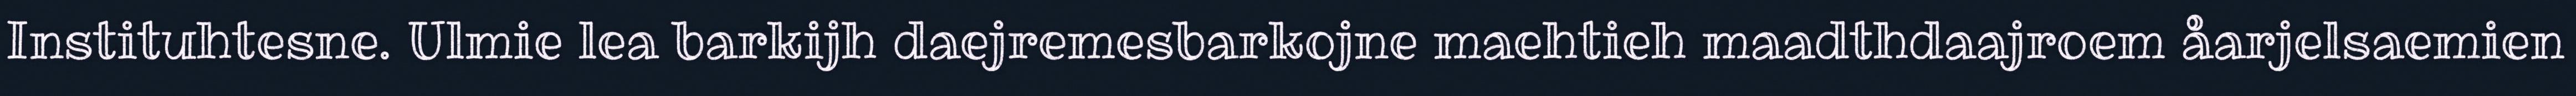
Instituhtesne. Ulmie lea barkijh daejremesbarkojne maehtieh maadthdaajroem åarjelsaemien